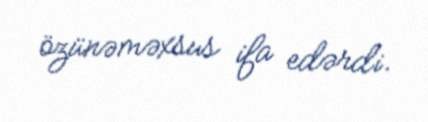
özünəməxsus ifa edərdi.